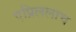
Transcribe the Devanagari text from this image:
एप्रिललाच